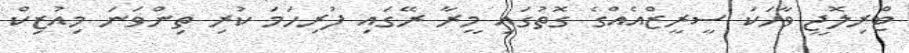
ޓްރިލޮޖީ ވާހަކަ ސީރީޒްއެއްގެ ގޮތުގައި މީރާ ރޭގައި ފުރިހަމަ ކުރި ތިންވަނަ މިއުޒިކް